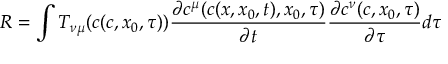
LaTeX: R = \int T _ { \nu \mu } ( c ( c , x _ { 0 } , \tau ) ) \frac { \partial c ^ { \mu } ( c ( x , x _ { 0 } , t ) , x _ { 0 } , \tau ) } { \partial t } \frac { \partial c ^ { \nu } ( c , x _ { 0 } , \tau ) } { \partial \tau } d \tau